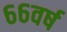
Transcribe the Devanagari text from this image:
६६वर्ष